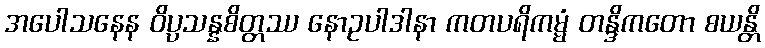
အပေါသနေန ဝိပ္ပသန္နစိတ္တဿ နောဥပါဒါနာ ကတပရိကမ္မံ တန္ဒိကတော စယန္တိ